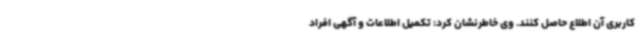
کاربری آن اطلاع حاصل کنند. وی خاطرنشان کرد: تکمیل اطلاعات و آگهی افراد